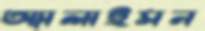
অ্যালাইসন